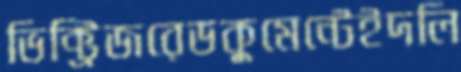
ভিক্ট্রিজরেডকুমেন্টেইদলি